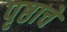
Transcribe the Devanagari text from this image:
पृष्ठाचे